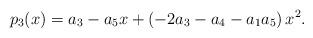
LaTeX: \begin{align*}p_3(x)=a_3 - a_5 x + \left(-2 a_3 - a_4 - a_1 a_5 \right) x^2.\end{align*}